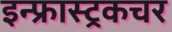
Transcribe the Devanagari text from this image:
इन्फ्रास्ट्रकचर